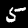
Label: 5